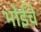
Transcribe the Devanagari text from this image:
भोईंचे